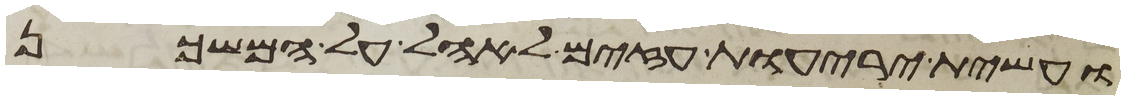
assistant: ועשית יריעות עזים לאהל על המשכן